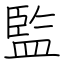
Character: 監